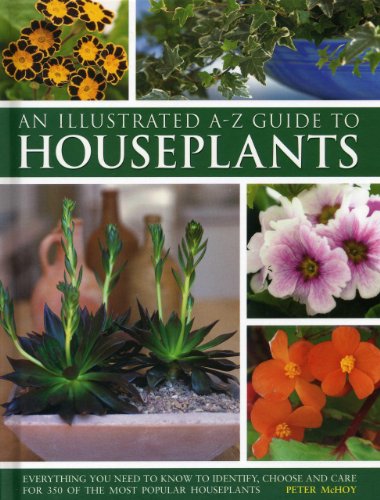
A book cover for Illustrated A-Z Guide To Houseplants: Everything You Need To Know To Identify, Choose And Care For 350 Of The Most Popular Houseplants; Peter McHoy; Crafts, Hobbies & Home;